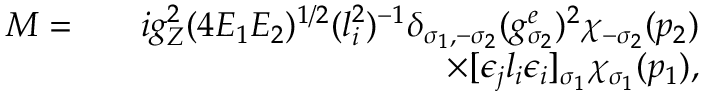
\begin{array} { r l r } { { \cal M } = } & { } & { i g _ { Z } ^ { 2 } ( 4 E _ { 1 } E _ { 2 } ) ^ { 1 / 2 } ( l _ { i } ^ { 2 } ) ^ { - 1 } \delta _ { \sigma _ { 1 } , - \sigma _ { 2 } } ( g _ { \sigma _ { 2 } } ^ { e } ) ^ { 2 } \chi _ { - \sigma _ { 2 } } ( p _ { 2 } ) } \\ & { } & { \times [ \epsilon _ { j } l _ { i } \epsilon _ { i } ] _ { \sigma _ { 1 } } \chi _ { \sigma _ { 1 } } ( p _ { 1 } ) , } \end{array}